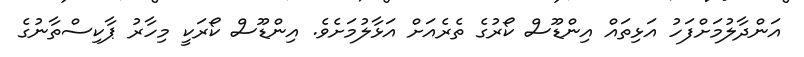
އަންދާލުމަށްފަހު އަޅިތައް އިންޑޫސް ކޯރުގެ ތެރެއަށް އަޅާލުމަށެވެ. އިންޑޫސް ކޯރަކީ މިހާރު ޕާކިސްތާނުގެ